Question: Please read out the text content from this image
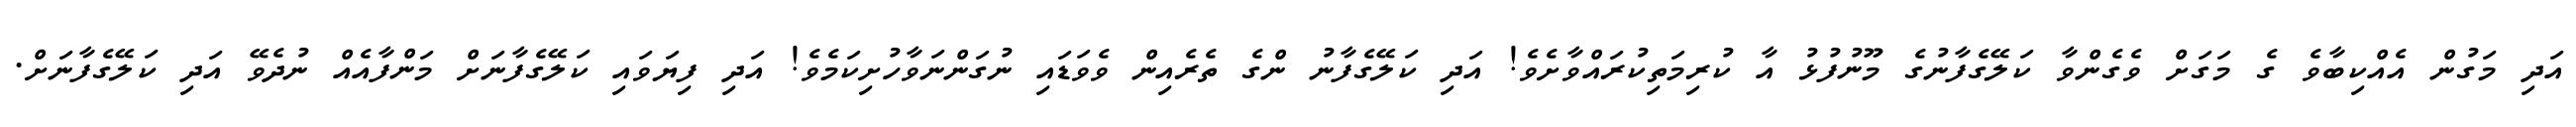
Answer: އަދި މަގުން އެއްކިބާވެ ގެ މަގަށް ވެގެންވާ ކަލޭގެފާނުގެ މޫނުފުޅު އާ ކުރިމަތިކުރައްވާށެވެ! އަދި ކަލޭގެފާނު ންގެ ތެރެއިން ވެވަޑައި ނުގަންނަވާހުށިކަމެވެ! އަދި ފިޔަވައި ކަލޭގެފާނަށް މަންފާއެއް ނުދެވޭ އަދި ކަލޭގެފާނަށް.